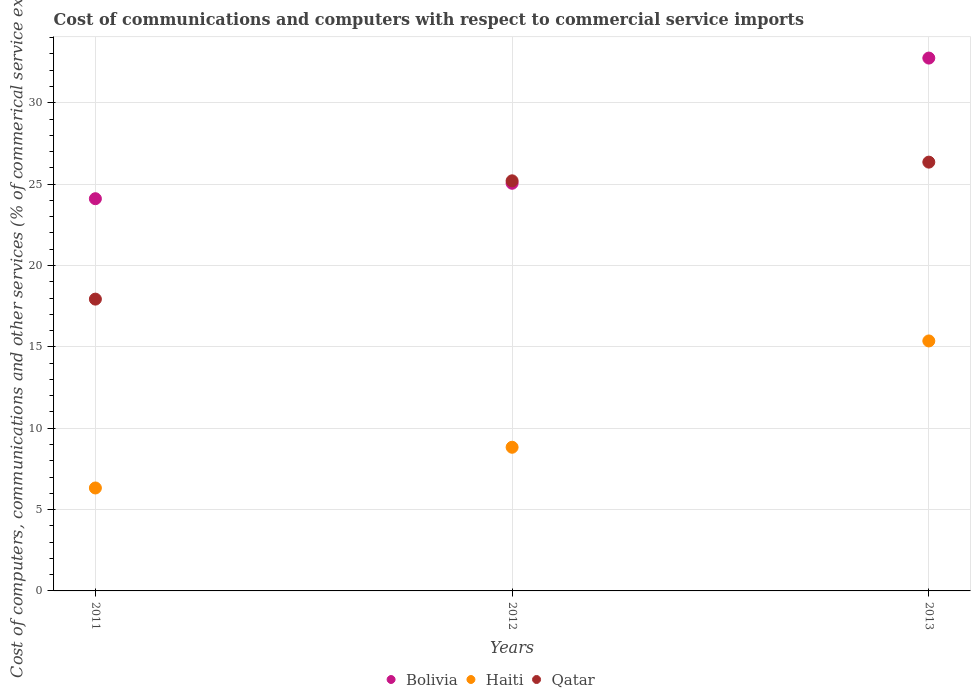
| Years | Bolivia | Haiti | Qatar |
 | --- | --- | --- | --- |
 | 2011 | 24.1 | 6.33 | 17.9 |
 | 2012 | 25.1 | 8.83 | 25.2 |
 | 2013 | 32.7 | 15.4 | 26.4 |